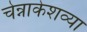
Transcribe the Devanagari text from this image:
चेन्नाकेशव्या